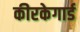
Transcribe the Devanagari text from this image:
कीरकेगार्ड